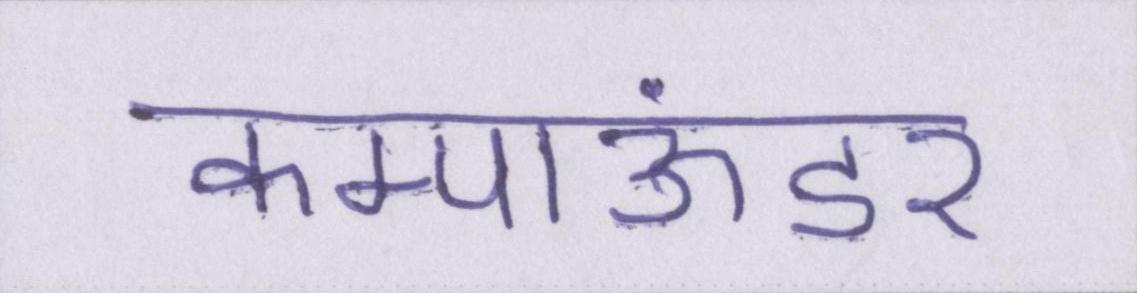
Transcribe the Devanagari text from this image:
कम्पाऊंडर